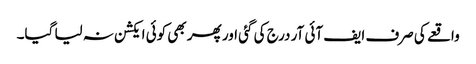
واقعے کی صرف ایف آئی آر درج کی گئی اور پھر بھی کوئی ایکشن نہ لیا گیا۔